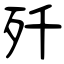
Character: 歼